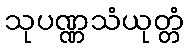
သုပဏ္ဏသံယုတ္တံ